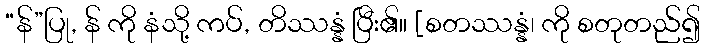
“န်”ပြု, န် ကို နံသို့ ကပ်, တိဿန္နံ ပြီး၏။ [စတဿန္နံ၊ ကို စတုတည်၍